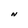
Character: N